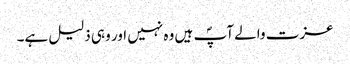
عزت والے آپؐ ہیں وہ نہیں اور وہی ذلیل ہے۔